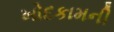
ખોદકામની